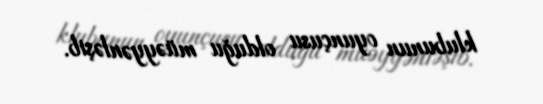
klubunun oyunçusu olduğu müəyyənləşib.